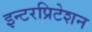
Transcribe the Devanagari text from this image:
इन्टरप्रिटेशन